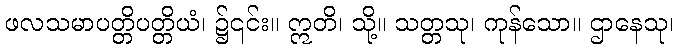
ဖလသမာပတ္တိပတ္တိယံ၊ ၌၎င်း။ ဣတိ၊ သို့။ သတ္တသု၊ ကုန်သော။ ဌာနေသု၊